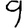
Digit: 9